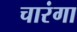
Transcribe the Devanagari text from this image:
चारंगा